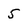
Character: 5